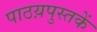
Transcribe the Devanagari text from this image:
पाठय़पुस्तकें